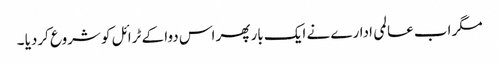
مگر اب عالمی ادارے نے ایک بار پھر اس دوا کے ٹرائل کو شروع کردیا ۔